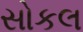
સોકલ